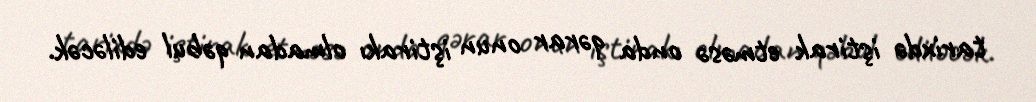
tarixdə iştirak etməsə onda qərar onun iştirakı olmadan qəbul ediləcək.